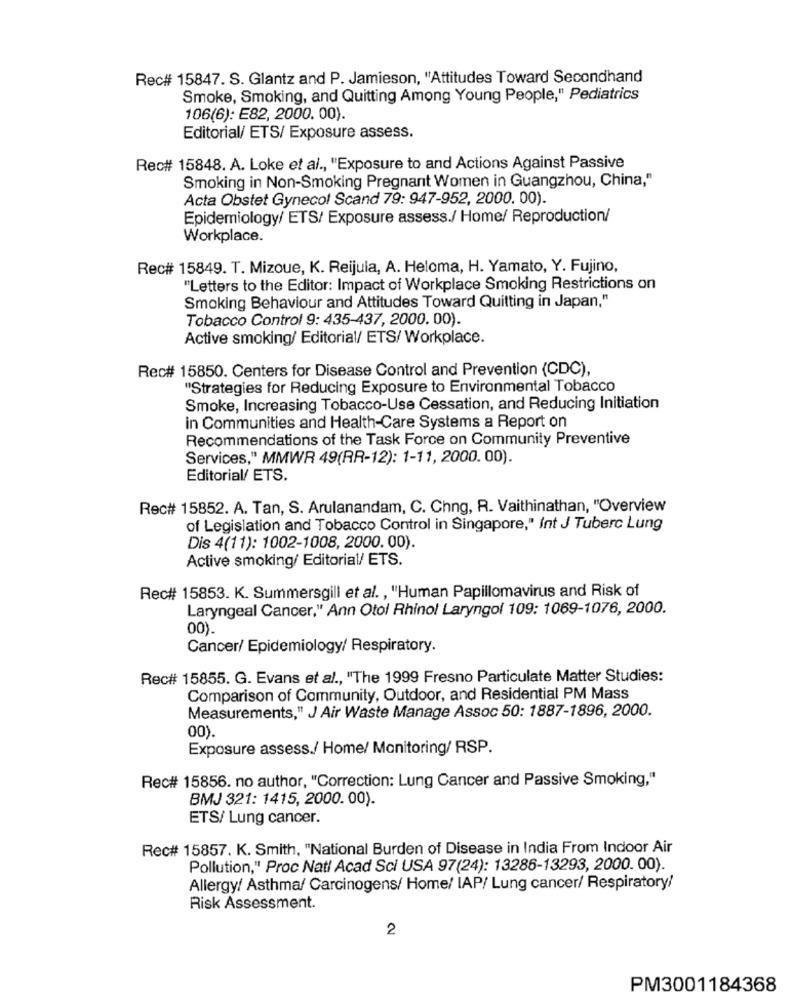
Rec# 15847. S. Glantz and P. Jamieson, "Attitudes Toward Secondhand
Smoke, Smoking, and Quitting Among Young People," Pediatrics
106(6): E82, 2000. 00).
Editorial/ ETS/ Exposure assess.
Rec# 15848. A. Loke et al ., "Exposure to and Actions Against Passive
Smoking in Non-Smoking Pregnant Women in Guangzhou, China,"
Acta Obstet Gynecol Scand 79: 947-952, 2000. 00).
Epidemiology/ ETS/ Exposure assess./ Home/ Reproduction/
Workplace.
Rec# 15849. T. Mizoue, K. Reijula, A. Heloma, H. Yamato, Y. Fujino,
"Letters to the Editor: Impact of Workplace Smoking Restrictions on
Smoking Behaviour and Attitudes Toward Quitting in Japan,"
Tobacco Control 9: 435-437, 2000. 00).
Active smoking/ Editorial/ ETS/ Workplace.
Rec# 15850. Centers for Disease Control and Prevention (CDC),
"Strategies for Reducing Exposure to Environmental Tobacco
Smoke, Increasing Tobacco-Use Cessation, and Reducing Initiation
in Communities and Health-Care Systems a Report on
Recommendations of the Task Force on Community Preventive
Services," MMWR 49(RR-12): 1-11, 2000. 00).
Editorial/ ETS.
Rec# 15852. A. Tan, S. Arulanandam, C. Chng, R. Vaithinathan, "Overview
of Legislation and Tobacco Control in Singapore," Int J Tuberc Lung
Dis 4(11): 1002-1008, 2000. 00).
Active smoking/ Editorial/ ETS.
Rec# 15853. K. Summersgill et al ., "Human Papillomavirus and Risk of
Laryngeal Cancer," Ann Otol Rhinol Laryngol 109: 1069-1076, 2000.
00).
Cancer/ Epidemiology/ Respiratory.
Rec# 15855. G. Evans et al ., "The 1999 Fresno Particulate Matter Studies:
Comparison of Community, Outdoor, and Residential PM Mass
Measurements," J Air Waste Manage Assoc 50: 1887-1896, 2000.
00).
Exposure assess./ Home/ Monitoring/ RSP.
Rec# 15856. no author, "Correction: Lung Cancer and Passive Smoking,"
BMJ 321: 1415, 2000. 00).
ETS/ Lung cancer.
Rec# 15857. K. Smith, "National Burden of Disease in India From Indoor Air
Pollution," Proc Natl Acad Sci USA 97(24): 13286-13293, 2000. 00).
Allergy/ Asthma/ Carcinogens/ Home/ IAP/ Lung cancer/ Respiratory/
Risk Assessment.
2
PM3001184368